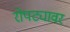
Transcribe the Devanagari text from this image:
रोपट्यावर